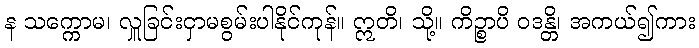
န သက္ကောမ၊ လှူခြင်းငှာမစွမ်းပါနိုင်ကုန်။ ဣတိ၊ သို့။ ကိဉ္စာပိ ဝဒန္တိ၊ အကယ်၍ကား